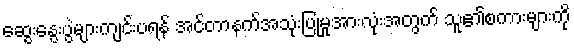
ဆွေးနွေးပွဲများကျင်းပရန် အင်တာနက်အသုံးပြုမှုအားလုံးအတွက် သူ၏စကားများကို